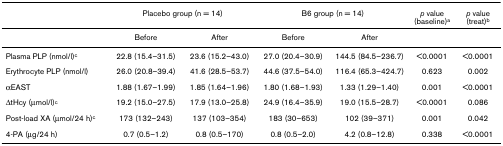
|  | <COLSPAN=2> Placebo group (n = 14) | <COLSPAN=2> B6 group (n = 14) | p value (baseline)a | p value (treat)b |
 | --- | --- | --- | --- | --- | --- | --- |
 |  | Before | After | Before | After |  |  |
 | Plasma PLP (nmol/l)c | 22.8 (15.4–31.5) | 23.6 (15.2–43.0) | 27.0 (20.4–30.9) | 144.5 (84.5–236.7) | <0.0001 | <0.0001 |
 | Erythrocyte PLP (nmol/l) | 26.0 (20.8–39.4) | 41.6 (28.5–53.7) | 44.6 (37.5–54.0) | 116.4 (65.3–424.7) | 0.623 | 0.002 |
 | αEAST | 1.88 (1.67–1.99) | 1.85 (1.64–1.96) | 1.80 (1.68–1.93) | 1.33 (1.29–1.40) | 0.001 | <0.0001 |
 | ΔtHcy (μmol/l)c | 19.2 (15.0–27.5) | 17.9 (13.0–25.8) | 24.9 (16.4–35.9) | 19.0 (15.5–28.7) | <0.0001 | 0.086 |
 | Post-load XA (μmol/24 h)c | 173 (132–243) | 137 (103–354) | 183 (30–653) | 102 (39–371) | 0.001 | 0.042 |
 | 4-PA (μg/24 h) | 0.7 (0.5–1.2) | 0.8 (0.5–170) | 0.8 (0.5–2.0) | 4.2 (0.8–12.8) | 0.338 | <0.0001 |